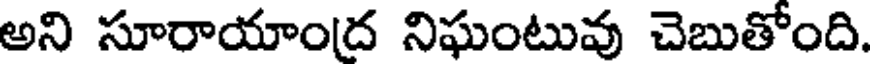
అని సూరాయాంద నిఘంటువు చెబుతోంది.